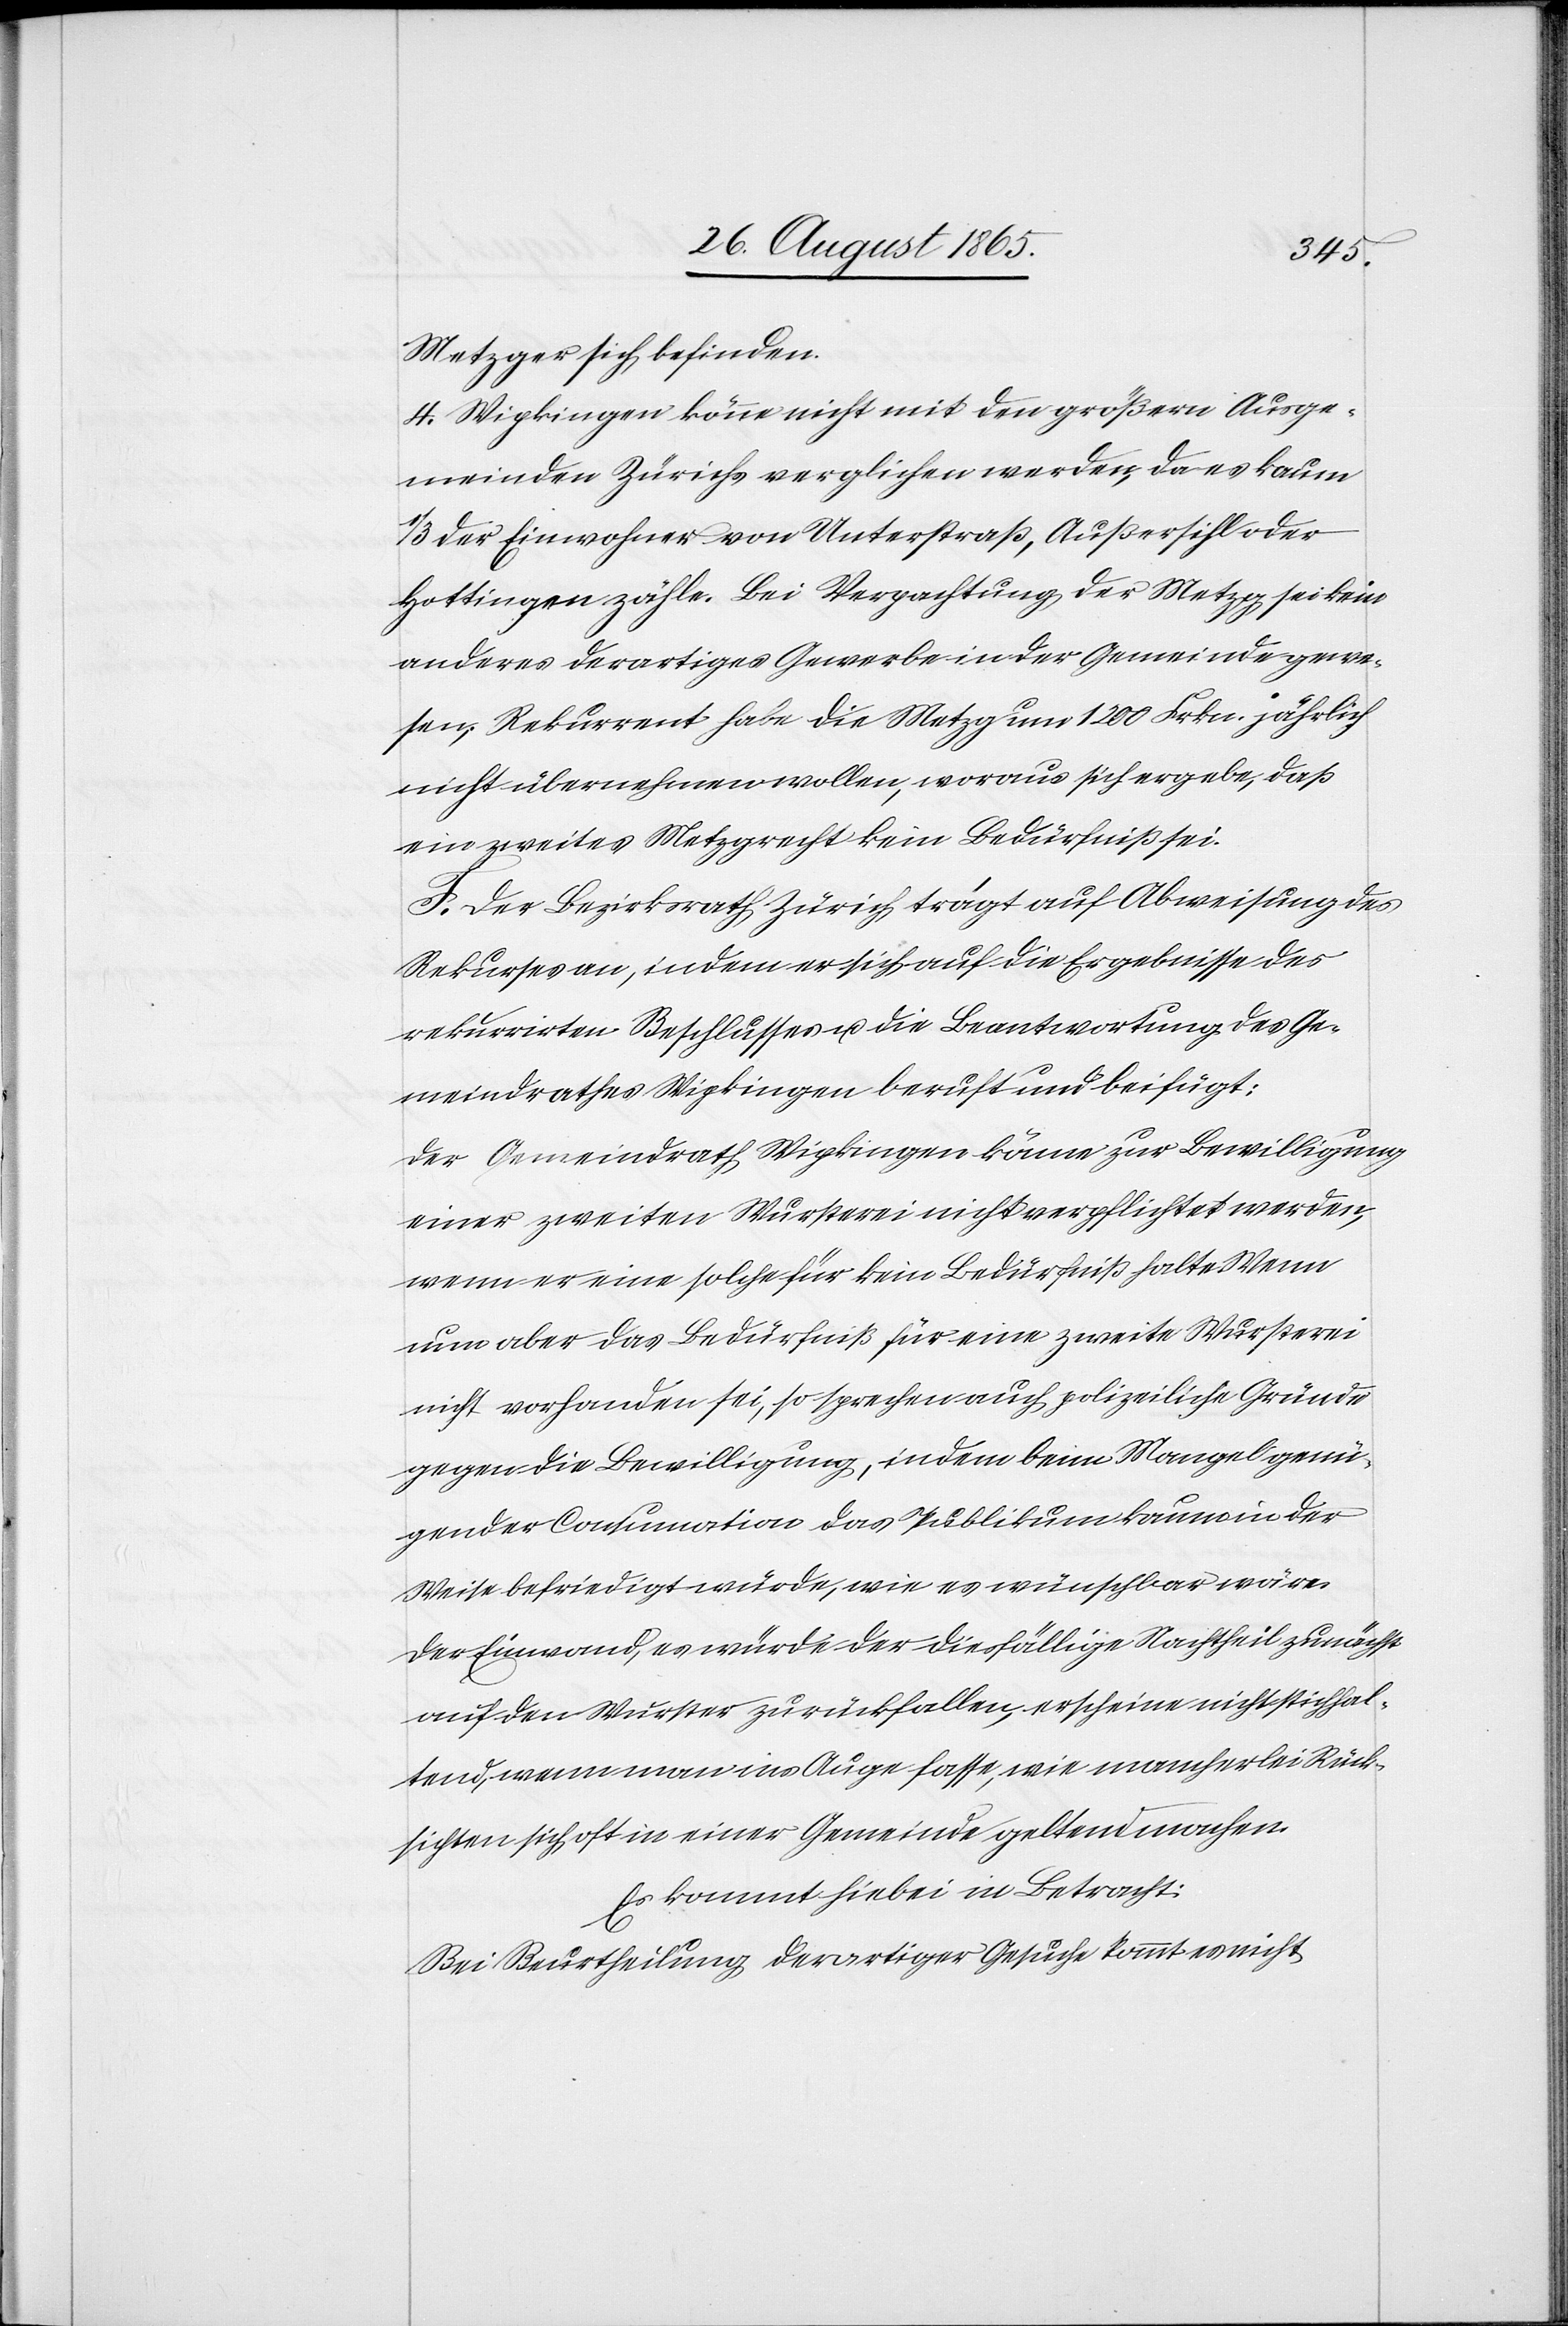
Metzger sich befinden.
4. Wipkingen könne nicht mit den größern Ausge¬
meinden Zürichs verglichen werden, da es kaum
1/3 der Einwohner von Unterstraß, Außersihl oder
Hottingen zähle. Bei Verpachtung der Metzg sei kein
anderes derartiges Gewerbe in der Gemeinde gewe¬
sen; Rekurrent habe die Metzg um 1200 Frkn. jährlich
nicht übernehmen wollen, woraus sich ergeben, daß
ein zweites Metzgrecht kein Bedürfniß sei.
F. Der Bezirksrath Zürich trägt auf Abweisung des
Rekurses an, indem er sich auf die Ergebnisse des
rekurrirten Beschlusses u. die Beantwortung des Ge¬
meindrathes Wipkingen beruft und beifügt:
Der Gemeindrath Wipkingen könne zur Bewilligung
einer zweiten Wursterei nicht verpflichtet werden,
wenn er eine solche für kein Bedürfniß halte. Wenn
nun aber das Bedürfniß für eine zweite Wursterei
nicht vorhanden sei, so sprechen auch polizeiliche Gründe
gegen die Bewilligung, indem beim Mangel genü¬
gender Consumation das Publikum kaum in der
Weise befriedigt würde, wie es wünschbar wäre.
Der Einwand, es würde der diesfällige Nachtheil zunächst
auf den Wurster zurückfallen, erscheine nicht stichhal¬
tend, wenn man ins Auge fasse, wie mancherlei Rück¬
sichten sich oft in einer Gemeinde geltend machen.
Es kommt hiebei in Betracht:
Bei Beurtheilung derartiger Gesuche kommt es nicht